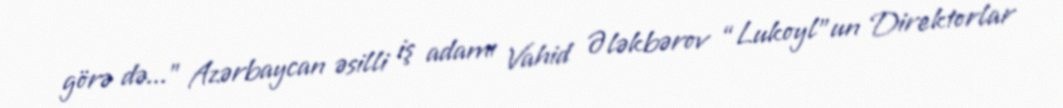
görə də...” Azərbaycan əsilli iş adamı Vahid Ələkbərov “Lukoyl”un Direktorlar